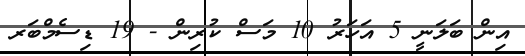
އިން ބަލަނީ 5 އަހަރު 10 މަސް ކުރިން - 19 ޑިސެމްބަރ